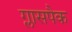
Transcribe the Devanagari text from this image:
ग्लासपैक